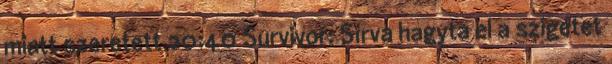
miatt szeretett 20:40 Survivor: Sírva hagyta el a szigetet